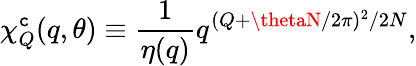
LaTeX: \chi_{Q}^{\mathtt{c}}(q,\theta)\equiv{\frac{{1}}{{\eta(q)}}}q^{(Q+\thetaN/2\pi)^{2}/2N},